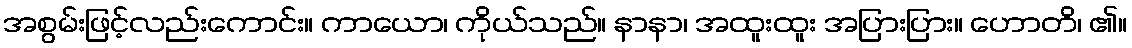
အစွမ်းဖြင့်လည်းကောင်း။ ကာယော၊ ကိုယ်သည်။ နာနာ၊ အထူးထူး အပြားပြား။ ဟောတိ၊ ၏။